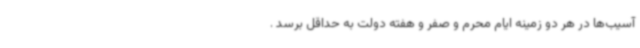
آسیب‌ها در هر دو زمینه ایام محرم و صفر و هفته دولت به حداقل برسد .